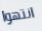
انتهوا